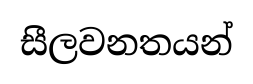
සීලවනතයන්